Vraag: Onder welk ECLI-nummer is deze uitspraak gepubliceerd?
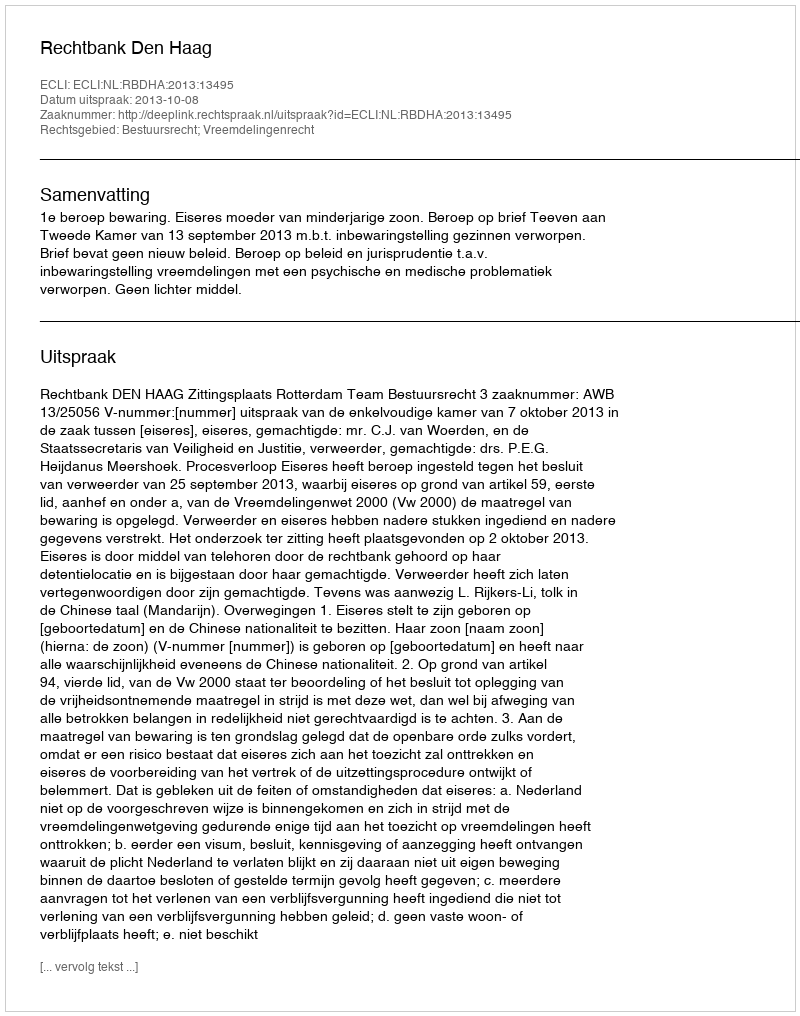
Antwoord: ECLI:NL:RBDHA:2013:13495